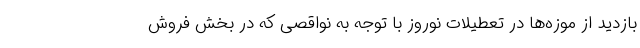
بازدید از موزه‌ها در تعطیلات نوروز با توجه به نواقصی که در بخش فروش